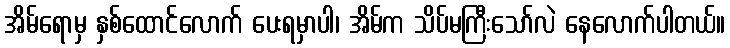
အိမ်ရောမှ နှစ်ထောင်လောက် ပေးရမှာပါ၊ အိမ်က သိပ်မကြီးသော်လဲ နေလောက်ပါတယ်။